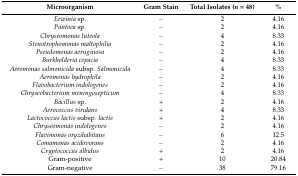
| Microorganism | Gram Stain | Total Isolates (n = 48) | % |
 | --- | --- | --- | --- |
 | Erwinia sp. | − | 2 | 4.16 |
 | Pantoea sp. | − | 2 | 4.16 |
 | Chryseomonas luteola | − | 4 | 8.33 |
 | Stenotrophomonas maltophilia | − | 2 | 4.16 |
 | Pseudomonas aeruginosa | − | 2 | 4.16 |
 | Burkholderia cepacia | − | 4 | 8.33 |
 | Aeromonas salmonicida subsp. Salmonicida | − | 4 | 8.33 |
 | Aeromonas hydrophila | − | 2 | 4.16 |
 | Flavobacterium indologenes | − | 2 | 4.16 |
 | Chryseobacterium meningosepticum | − | 4 | 8.33 |
 | Bacillus sp. | + | 2 | 4.16 |
 | Aerococcus viridans | + | 4 | 8.33 |
 | Lactococcus lactis subsp. lactis | + | 2 | 4.16 |
 | Chryseomonas indologenes | − | 2 | 4.16 |
 | Flavimonas oryzihabitans | − | 6 | 12.5 |
 | Comamonas acidovorans | − | 2 | 4.16 |
 | Cryptococcus albidus | + | 2 | 4.16 |
 | Gram-positive | + | 10 | 20.84 |
 | Gram-negative | − | 38 | 79.16 |